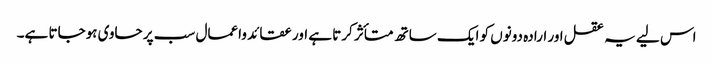
اس لیے یہ عقل اور ارادہ دونوں کو ایک ساتھ متأثر کرتا ہے اور عقائد واعمال سب پر حاوی ہوجاتا ہے۔